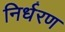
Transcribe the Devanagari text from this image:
निर्धरण